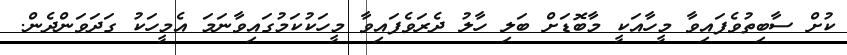
ކުށް ސާބިތުވެފައިވާ މީހާއަކީ މާބޮޑަށް ބަލި ހާލު ދެރަވެފައިވާ މީހަކުކަމުގައިވާނަމަ އެމީހަކު ގަދަވަންދެން.